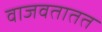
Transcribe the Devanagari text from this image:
वाजवतातत